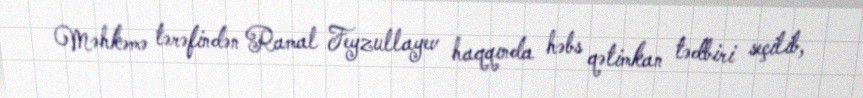
Məhkəmə tərəfindən Ramal Feyzullayev haqqında həbs qətimkan tədbiri seçilib,